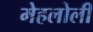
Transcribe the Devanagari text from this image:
मेहलोली